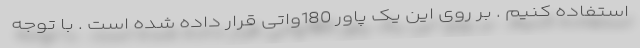
استفاده کنیم . بر روی این یک پاور 180واتی قرار داده شده است . با توجه